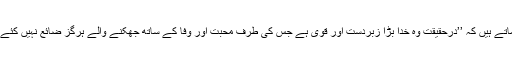
آپؑ فرماتے ہیں کہ ’’درحقیقت وہ خدا بڑا زبردست اور قوی ہے جس کی طرف محبت اور وفا کے ساتھ جھکنے والے ہرگز ضائع نہیں کئے جاتے۔